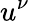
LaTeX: u^{\nu}